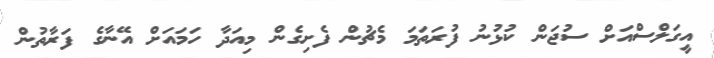
އީގަލްސްއަށް ސުޖަން ކުޅުނު ފުރަތަމަ މެޗުން ފެށިގެން މިއަދާ ހަމައަށް އޭނާގެ ފަރާތުން